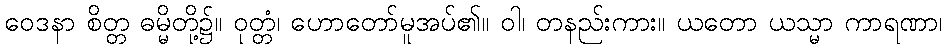
ဝေဒနာ စိတ္တ ဓမ္မိတို့၌။ ဝုတ္တံ၊ ဟောတော်မူအပ်၏။ ဝါ၊ တနည်းကား။ ယတော ယသ္မာ ကာရဏာ၊